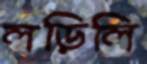
লড়িলি